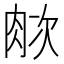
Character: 𬚺